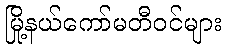
မြို့နယ်ကော်မတီဝင်များ